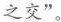
之交”。